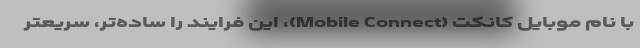
با نام موبایل کانکت (Mobile Connect)، این فرایند را ساده‌تر، سریعتر